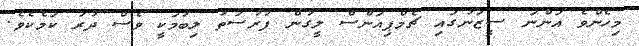
މިހެންވެ އަންނަ ސީޒަނުގައި ޗެމްޕިއަންސް ލީގުން ފުރުސަތު ލިބުމަކީ ވެސް ދުރު ކަމެކެވެ.